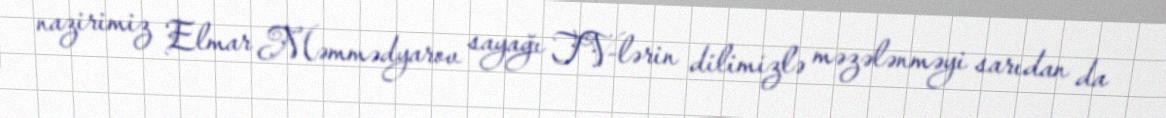
nazirimiz Elmar Məmmədyarov sayağı TV-lərin dilimizlə məzələnməyi sarıdan da